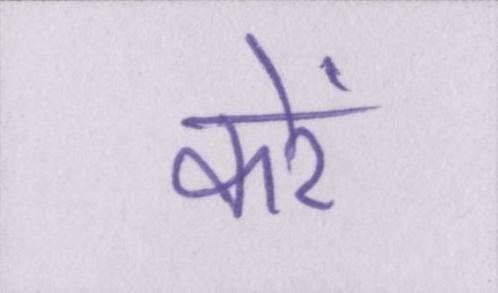
करें